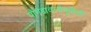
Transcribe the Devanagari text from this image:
पौगंडावस्थेपूर्वीची